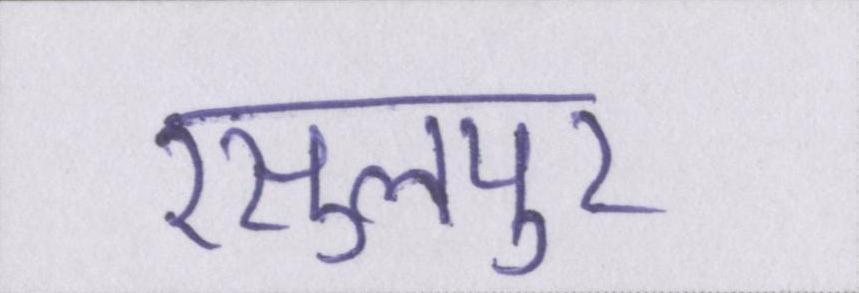
रसुलपुर